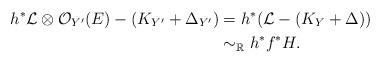
LaTeX: \begin{align*}h^*\mathcal L\otimes \mathcal O_{Y'}(E)-(K_{Y'}+\Delta_{Y'})&=h^*(\mathcal L-(K_Y+\Delta))\\&\sim _{\mathbb R} h^*f^*H. \end{align*}